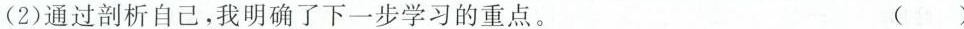
(2)通过剖析自己，我明确了下一步学习的重点。 ( )